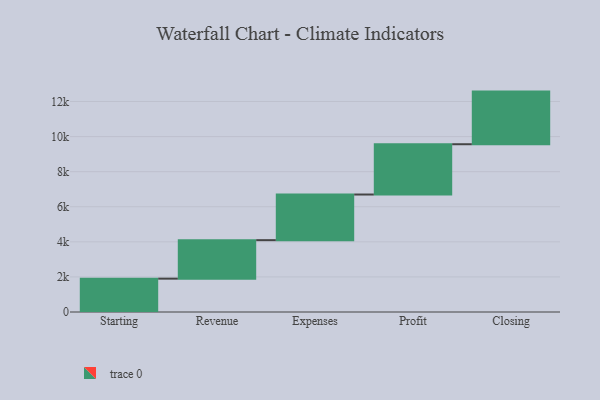
{"axis": {"x": "Step", "y": "Value"}, "legend": [""], "data": [{"x": "Starting", "y": 1901.0, "type": ""}, {"x": "Revenue", "y": 2194.0, "type": ""}, {"x": "Expenses", "y": 2602.0, "type": ""}, {"x": "Profit", "y": 2867.0, "type": ""}, {"x": "Closing", "y": 3000, "type": ""}]}